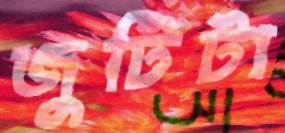
জুটিটা